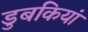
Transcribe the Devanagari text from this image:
डुबकियां